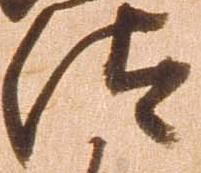
汰